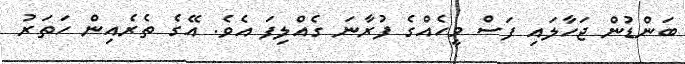
ބަންޑުން ޖަހާލައި ފަަސް މީހެއްގެ ފުރާނަ ގެއްލިފަ އެވެ. އޭގެ ތެރެއިން ހަތަރު